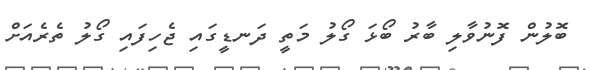
ބޮލުން ފޮނުވާލި ބާރު ބޯޅަ ގޯލު މަތީ ދަނޑީގައި ޖެހިފައި ގޯލު ތެރެއަށް